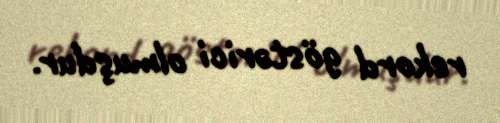
rekord göstərici olmuşdur.